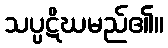
သပ္ပဋိဃမည်၏။